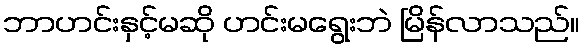
ဘာဟင်းနှင့်မဆို ဟင်းမရွေးဘဲ မြိန်လာသည်။